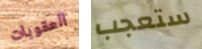
العقوبات ستعجب